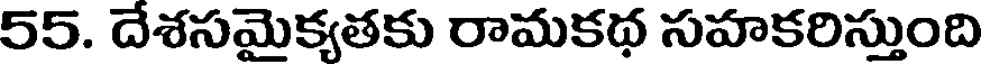
55. దేశసమైక్యతకు రామకథ సహకరిస్తుంది